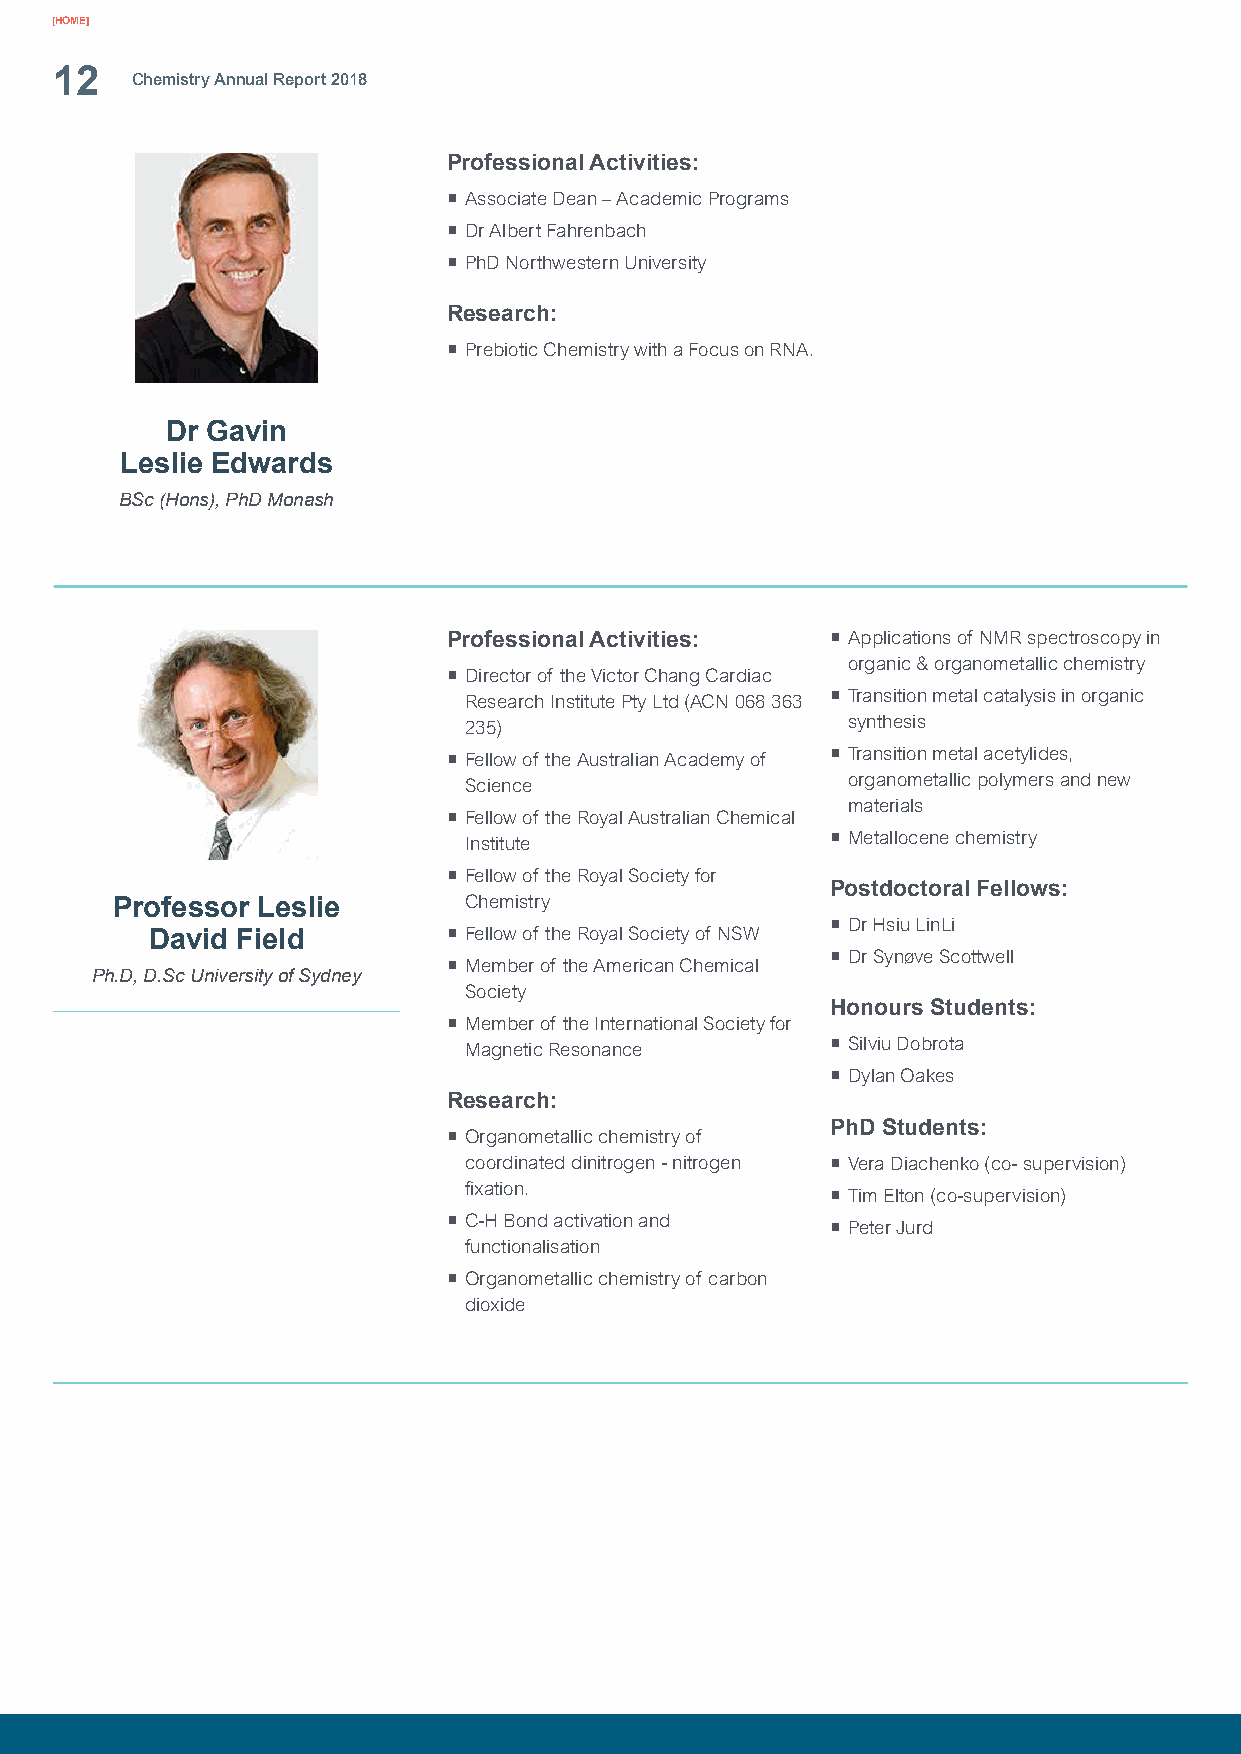
[HOME]
 12
 Chemistry Annual Report 2018
 Professional Activities:
 ¡ Associate Dean – Academic Programs
 ¡ Dr Albert Fahrenbach
 ¡ PhD Northwestern University
 Research:
 ¡ Prebiotic Chemistry with a Focus on RNA.
 Dr Gavin
 Leslie Edwards
 BSc (Hons), PhD Monash
 Professional Activities: ¡ Applications of NMR spectroscopy in
 organic & organometallic chemistry
 ¡ Director of the Victor Chang Cardiac
 Research Institute Pty Ltd (ACN 068 363 ¡ Transition metal catalysis in organic
 235)                     synthesis
 ¡ Fellow of the Australian Academy of ¡ Transition metal acetylides,
 Science                  organometallic polymers and new
 materials
 ¡ Fellow of the Royal Australian Chemical
 Institute               ¡ Metallocene chemistry
 ¡ Fellow of the Royal Society for
 Postdoctoral Fellows:
 Professor Leslie        Chemistry
 ¡ Dr Hsiu LinLi
 David Field         ¡ Fellow of the Royal Society of NSW
 ¡ Dr Synøve Scottwell
 ¡ Member of the American Chemical
 Ph.D, D.Sc University of Sydney
 Society
 Honours Students:
 ¡ Member of the International Society for
 Magnetic Resonance      ¡ Silviu Dobrota
 ¡ Dylan Oakes
 Research:
 PhD Students:
 ¡ Organometallic chemistry of
 coordinated dinitrogen - nitrogen ¡ Vera Diachenko (co- supervision)
 fixation.
 ¡ Tim Elton (co-supervision)
 ¡ C-H Bond activation and
 ¡ Peter Jurd
 functionalisation
 ¡ Organometallic chemistry of carbon
 dioxide